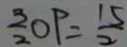
\frac { 3 } { 2 } O P = \frac { 1 5 } { 2 }